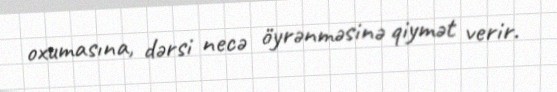
oxumasına, dərsi necə öyrənməsinə qiymət verir.